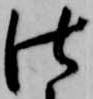
仕